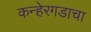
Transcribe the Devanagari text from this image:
कन्हेरगडाचा